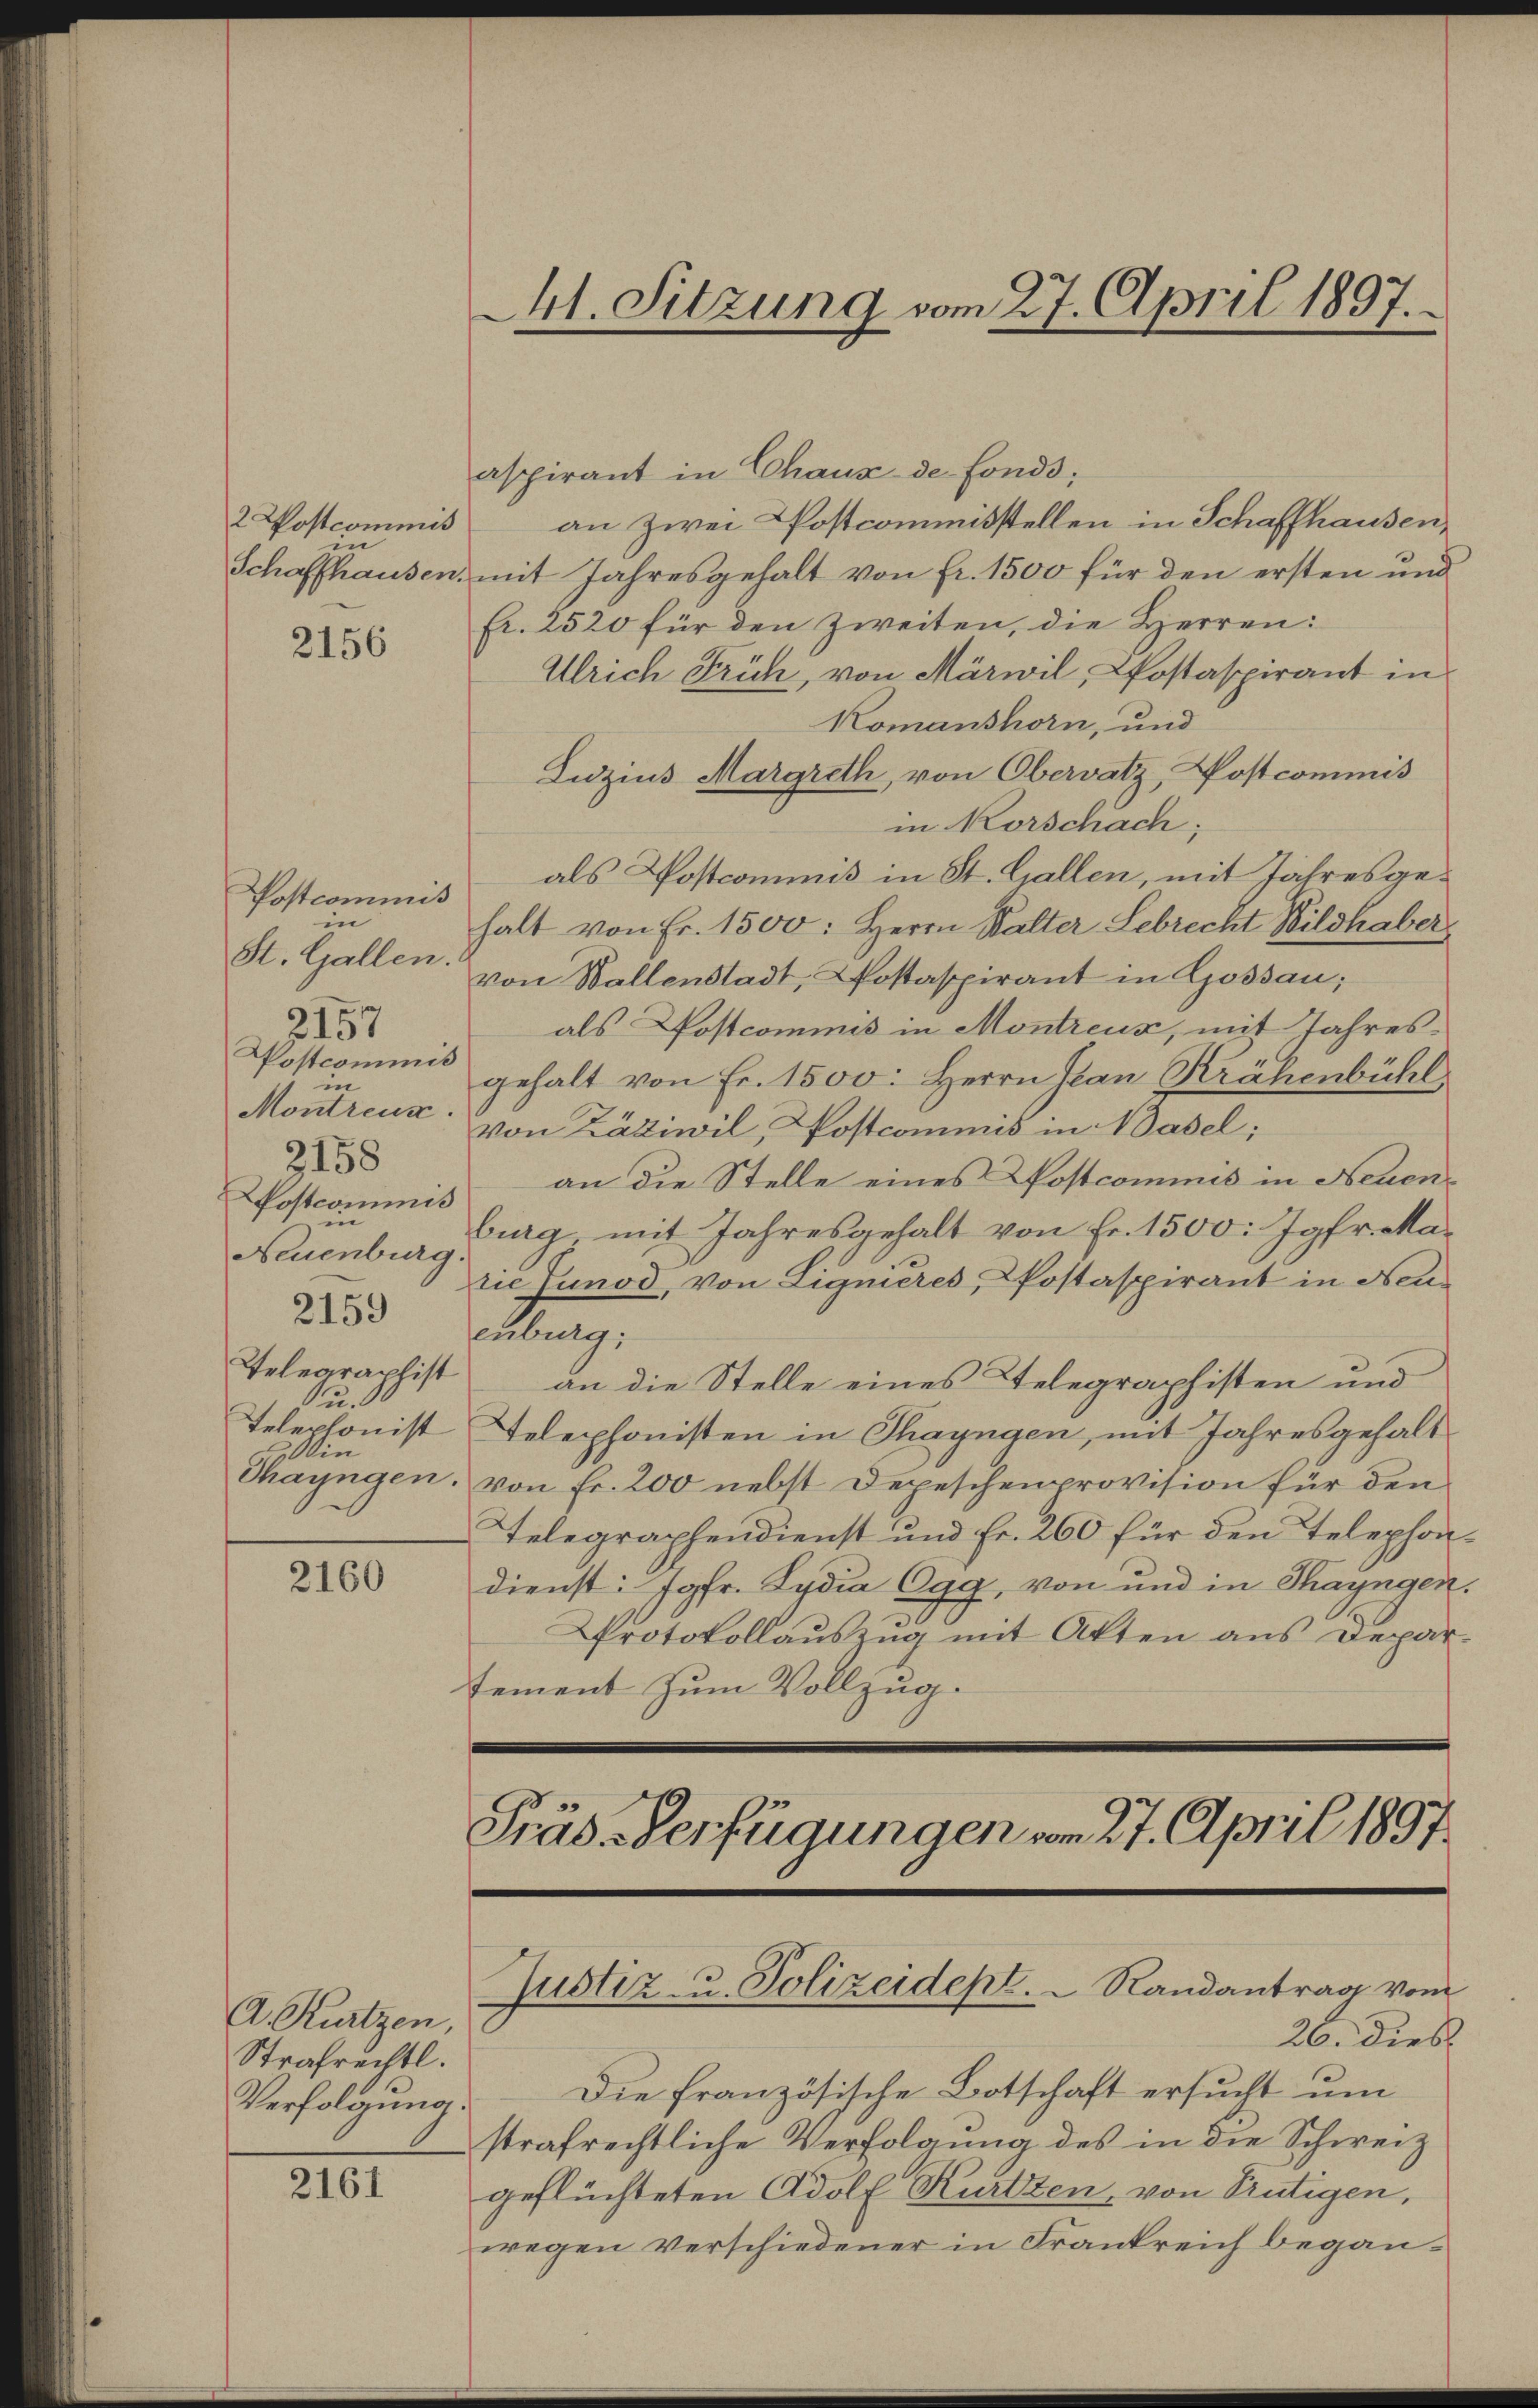
2 Postcommis
in

2156

Postcommis
in
St. Gallen.
Postcommis
in
Montreux.
3158
ostcommis
in |
Neuenburg
2159
Telegraphist
u..
Win

2157

2160

A. Kurtzen,
Strafrechtl.
Verfolgung.

2161

aspirant in Chaus de fonds;
an zwei Postcommisstellen in Schaffhausen,
Schaffhausen, mit Jahresgehalt von fr. 1500 für den ersten und
fr. 2520 für den zweiten, die Herren:
Ulrich Früh, von Märwil, Postaspirant in
Komanshorn, und
Luzius Margreth, von Obervatz, Postcommis
in Korschach;
als Postcommis in St. Gallen, mit Jahresgehalt von Fr. 1500: Herrn Walter Lebrecht Wildhaber
von Wallenstadt, Postaspirant in Gossau;
als Postcommis in Montreux, mit Jahresgehalt von Fr. 1500. Herrn Plan Krähenbühl
Von Zäziwil, Postcommis in Basel;
an die Stelle eines Kostcominis in Neuenburg mit Jahresgehalt von Fr. 1500: Jgfr. Marie Junod, von Lignieres, Postaspirant in Neuenburg;
an die Stelle eines Telegraphisten und
Telephonist Telephonisten in Thayngen, mit Jahresgehalt
Thayngen. von Fr. 200 nebst Depeschenprovision für den
Telegraphendienst und Fr. 260 für den Telephondienst: Jgfr. Lydia Ogg, von und in Thayngen.
Protokollauszug mit Akten aus Depar-
tement zum Vollzug.
Präs. Verfügungen vom 27. April 1897.

Ch. Sitzung vom 27. April 1897.

Justiz- u. Polizeident.   Randantrag vom

26. dies
Die französische Botschaft ersucht um
strafrechtliche Verfolgung des in die Schweiz

geflüchteten Adolf Kurtzen, von Trutigen,
wegen Verschiedener in Frankreich began¬